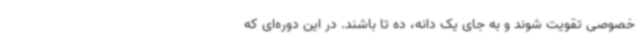
خصوصی تقویت شوند و به جای یک دانه، ده تا باشند. در این دوره‌ای که